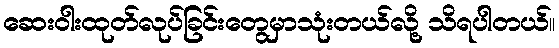
ဆေးဝါးထုတ်လုပ်ခြင်းတွေမှာသုံးတယ်လို့ သိရပါတယ်။